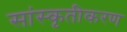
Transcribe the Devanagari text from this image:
सांस्कृतीकरण